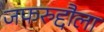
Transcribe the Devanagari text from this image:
जफरुद्दौला